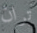
تران